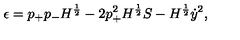
\epsilon = p _ { + } p _ { - } H ^ { \frac { 1 } { 2 } } - 2 p _ { + } ^ { 2 } H ^ { \frac { 1 } { 2 } } S - H ^ { \frac { 1 } { 2 } } \dot { y } ^ { 2 } ,